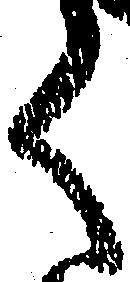
く